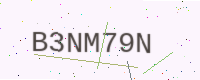
Text: B3NM79N